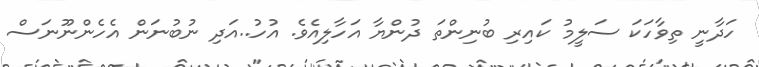
ހަދާނީ ތިވާހަކަ ސަލީމު ކައިރި ބުނިންތަ ދުންޔާ އަހާލިއެވެ. އުހު..އަދި ނުބުނަން އެހެންނޫނަސް